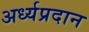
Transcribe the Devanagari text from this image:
अर्ध्यप्रदान